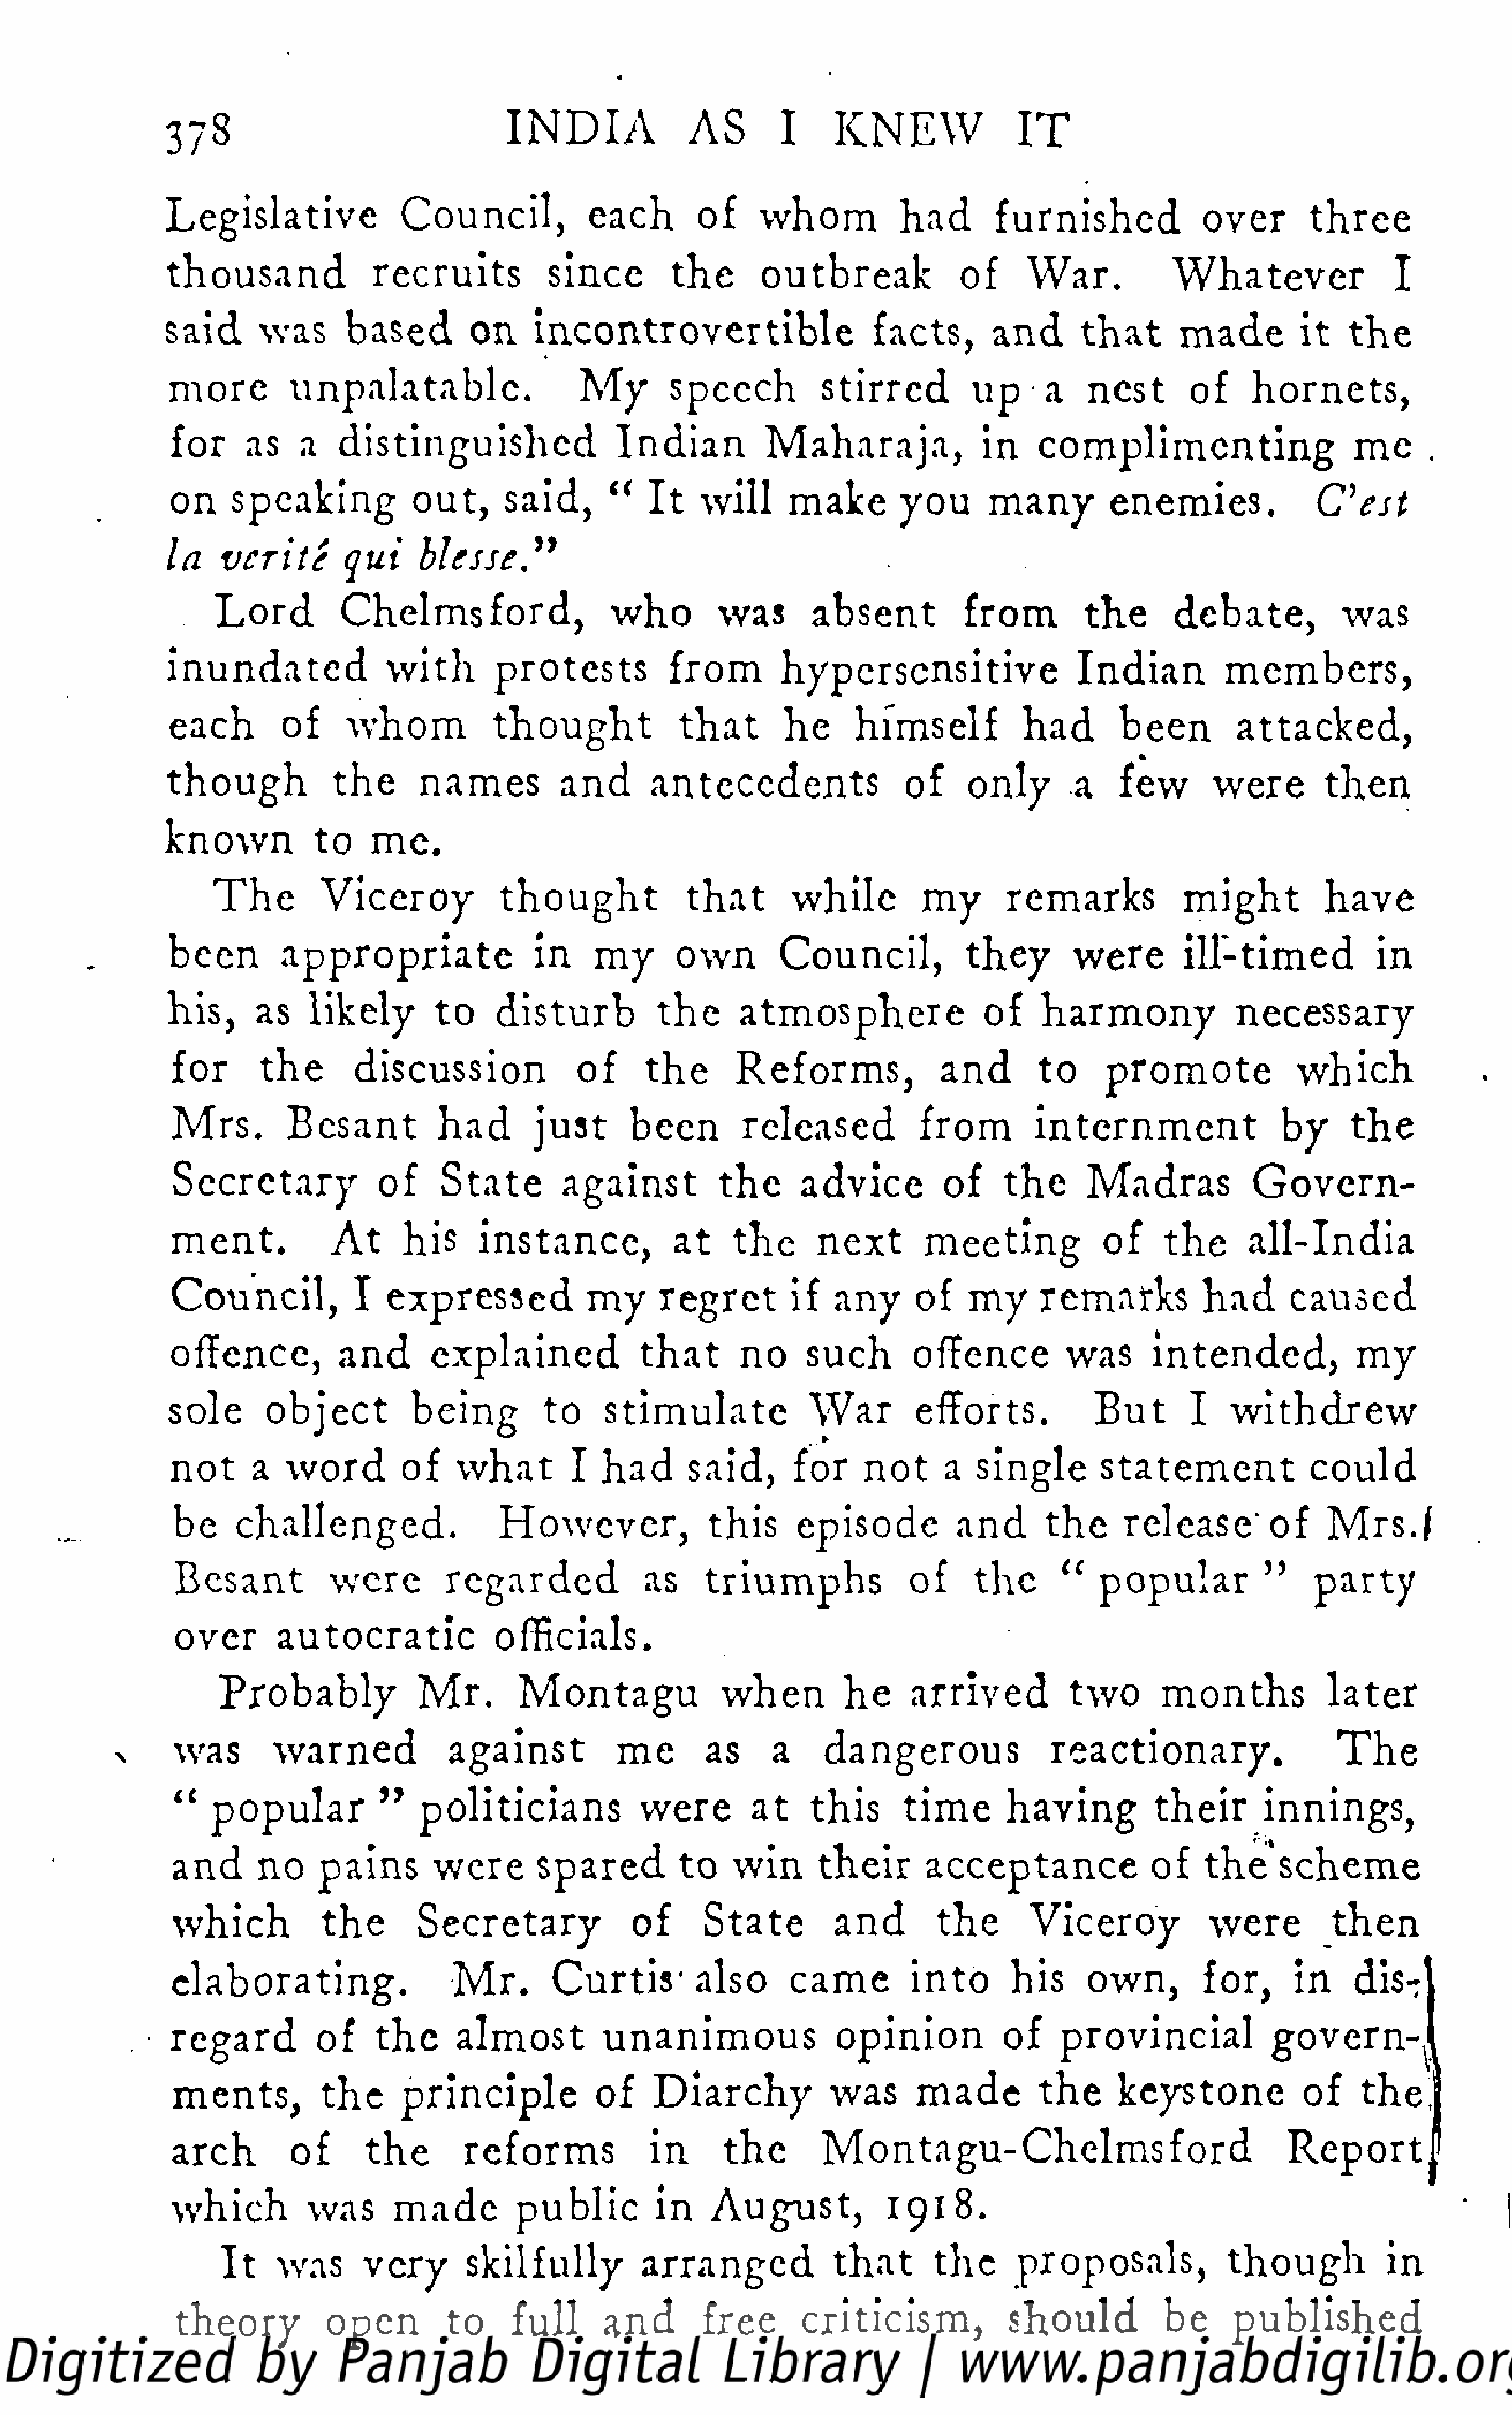
378                                     I  N   D    IA        AS         I     K   N    EW           IT
 Legislative                 Council,              each         of     whom             had        furnished                over         three
 thousand                recruits             since          the       outbreak                of      War.             Whatever                  I
 said       was       based          on     incontrovertible                         facts,        and       that        made          it    t he
 more           unpalatable.                      My        speech            stirred           up      a    nest         of     hornets,
 for      as     a    distinguished                    Indian           Maharaja,                 in    complimenting                         me      .
 on      speaking             out,       said,       "    It    will      make         you        many          enemies.                 C'est
 la    vcritt         qui       blcsse"
 Lord          Chelmsford,                     who          was        absent            from          t he       debate,             was
 inundated                 with         protests            from         hypersensitive                      Indian           members,
 each         of      whom              t h o  u  g  ht      that        he       himself             had        been          attacked,
 %
 though              the       names           and        antecedents                   of      only        a     few        were         then
 known            to     me.
 T   he       Viceroy              thought               that        while           my        remarks              might           have
 been         appropriate                   in      my       own         Council,              they         were         ill-timed              in
 his,      as     likely         to    disturb            t he      atmosphere                   of     harmony                necessary
 for       the        discussion                 of      the       Reforms,                 and        to      promote                which
 Mrs.         Bcsant            had        just       been         released              from         internment                   by       the
 Secretary               of      State         against           the       advice           of     the       Madras              Govern
 ment.              At      his      instance,              at     the       next         meeting              of     the       all-India
 Council,             I   expressed               my      regret          if   any      of     my      remarks             had       caused
 offence,            and        explained                that        no     such         offence           was        intended,               my
 sole        object           being          to     stimulate                War         efforts.             But         I    withdrew
 not       a   word         of     what          I  had       said,        for     not      a   single         statement                could
 be     challenged.                    However,                 this       episode            and       the      release'of              Mrs./
 Besant            were          regarded               as      triumphs                of      the       "   popular             "     party
 over        autocratic                officials.
 Probably                M    r.    Montagu                 when          he      arrived            two        months              later
 was         warned              against             me         as      a     dangerous                  reactionary.                      T   he
 "    popular            "    politicians               were          at    this       time        having            their        innings,
 and       no     pains         were        spared           to    win       their        acceptance                 of     t h  e s  c h  e  me
 which            the        Secretary                 of      State           and         the       Viceroy               were           then
 elaborating.                     M    r.    Curtis*          also        came          into       his      own,          for,       in     dis-r
 regard            of     the      almost           unanimous                   opinion             of     provincial               govern-^
 ments,           the      principle              of     Diarchy              was        made          the      keystone              of     the,]
 arch          of       t he       reforms               in      t he        Montagu-Chelmsford                                      Report
 which           was        made          public           in    August,              1918.
 It     was       very        skilfully            arranged               that       the       proposals,               though             in
 theory            open          to      full      and         free        criticism,              should             be      published